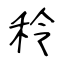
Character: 秢